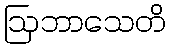
ဩဘာသေတိ